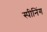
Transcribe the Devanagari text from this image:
स्पीनिंग